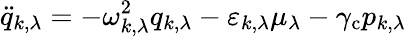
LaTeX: \ddot{q}_{k,\lambda}=-\omega_{k,\lambda}^{2}q_{k,\lambda}-\varepsilon_{k,\lambda}\mu_{\lambda}-\gamma_{\mathrm{c}}p_{k,\lambda}